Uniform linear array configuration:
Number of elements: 24
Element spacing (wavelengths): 0.75
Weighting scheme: kaiser
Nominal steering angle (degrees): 0
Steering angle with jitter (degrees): -0.1653
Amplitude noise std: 0.05
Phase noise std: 0.05

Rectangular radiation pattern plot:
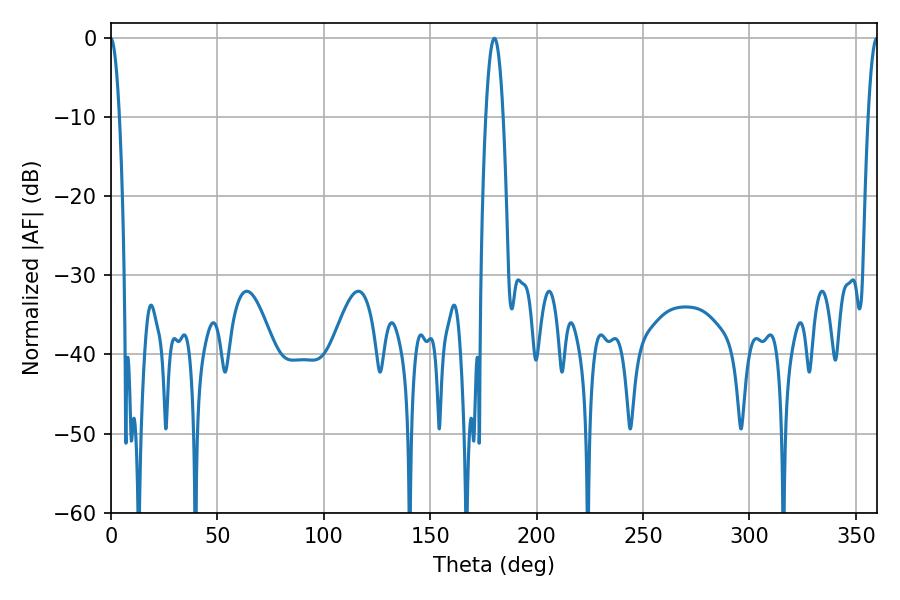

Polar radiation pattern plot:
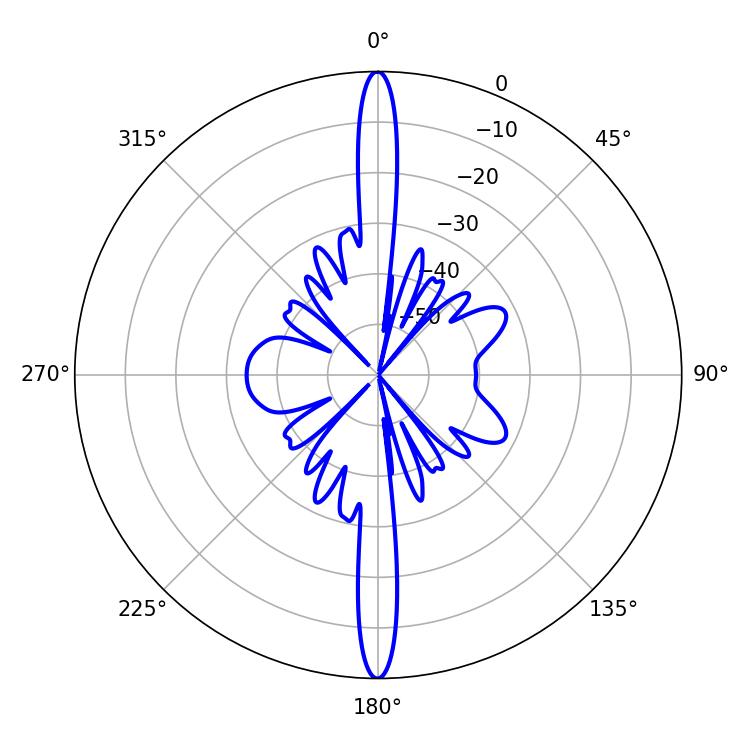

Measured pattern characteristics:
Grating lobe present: TRUE
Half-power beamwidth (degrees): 2.34
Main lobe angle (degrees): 359.82